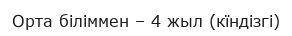
Орта біліммен – 4 жыл (кїндізгі)